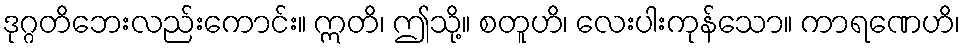
ဒုဂ္ဂတိဘေးလည်းကောင်း။ ဣတိ၊ ဤသို့။ စတူဟိ၊ လေးပါးကုန်သော။ ကာရဏေဟိ၊